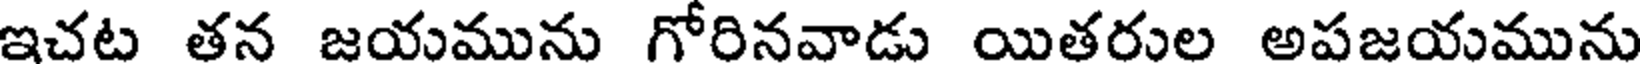
ఇచట తన జయమును గోరినవాడు యితరుల అపజయమును